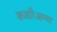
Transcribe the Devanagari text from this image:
कवरिअम्मा